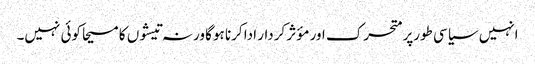
انہیں سیاسی طورپر متحرک اور مؤثر کردار ادا کرنا ہوگا ورنہ تیشوں کا مسیحا کوئی نہیں۔